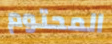
المحتوم